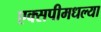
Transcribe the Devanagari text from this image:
एक्सपीमधल्या